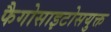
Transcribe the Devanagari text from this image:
फैगोसाइटोसयुक्त